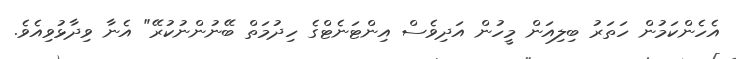
އެހެންކަމުން ހަތަރު ބިލިއަން މީހުން އަދިވެސް އިންޓަނެޓްގެ ހިދުމަތް ބޭނުންނުކުރޭ" އެނާ ވިދާޅުވިއެވެ.